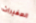
الصغيرات